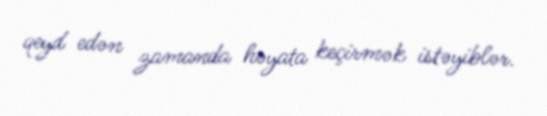
qeyd edən zamanda həyata keçirmək istəyiblər.